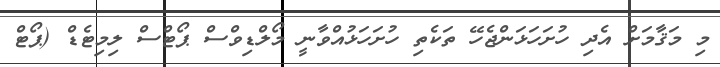
މި މަޤާމަށް އެދި ހުށަހަޅަންޖެހޭ ތަކެތި ހުށަހަޅުއްވާނީ މޯލްޑިވްސް ޕޯޓްސް ލިމިޓެޑް (ޕޯޓް